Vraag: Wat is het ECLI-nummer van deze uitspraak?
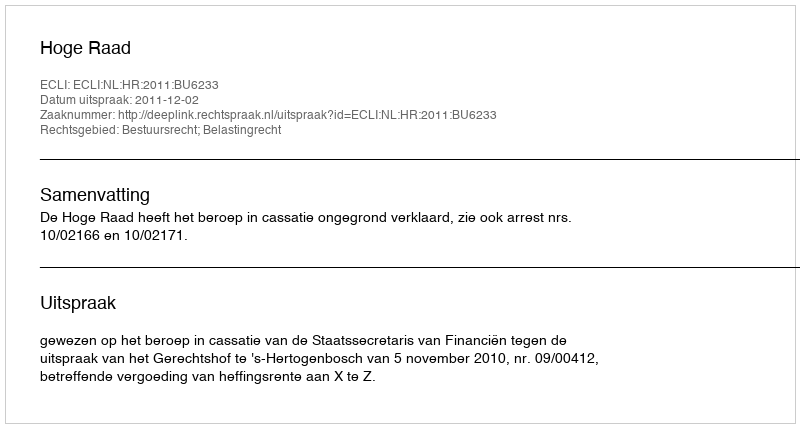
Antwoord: ECLI:NL:HR:2011:BU6233